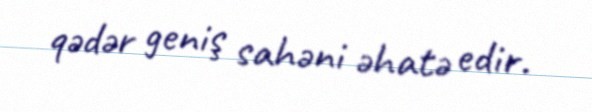
qədər geniş sahəni əhatə edir.